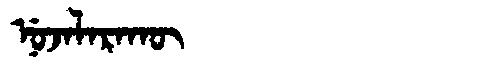
Manchu: ᠨᡠᠵᠠᠯᠠᡵᠠᡴᡡ
Romanization: NUJALARAKŪ